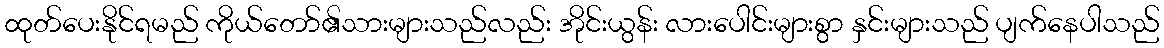
ထုတ်ပေးနိုင်ရမည် ကိုယ်တော်၏သားများသည်လည်း အိုင်းယွန်း လားပေါင်းများစွာ နှင်းများသည် ပျက်နေပါသည်